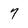
Character: 7